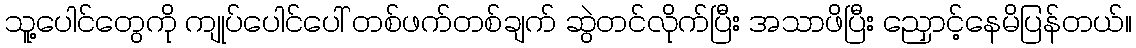
သူ့ပေါင်တွေကို ကျုပ်ပေါင်ပေါ် တစ်ဖက်တစ်ချက် ဆွဲတင်လိုက်ပြီး အသာဖိပြီး ညှောင့်နေမိပြန်တယ်။